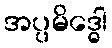
အပ္ပမိဒ္ဓေါ